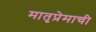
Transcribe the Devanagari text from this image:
मातृप्रेमाची